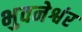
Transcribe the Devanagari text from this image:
भुवनेश्वंर